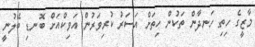
މާޒީގެ ހިތި ހަނދާން ތަކުން ހިތަށް އަސަރު ކުރިވަރުން އަވިކްއަށް ބޮނޑި ބޭލުނީ